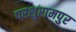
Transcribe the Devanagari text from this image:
परशुरामपुर